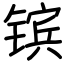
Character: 镔